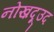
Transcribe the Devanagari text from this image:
नोख़दूउद